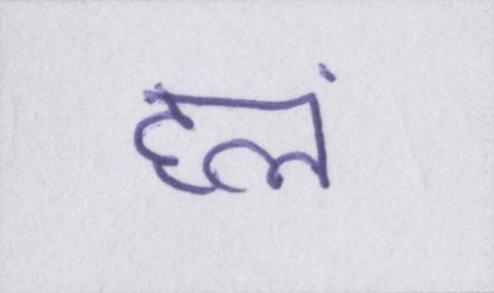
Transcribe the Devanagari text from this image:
हलं